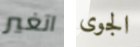
اتغير الجوى